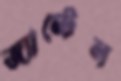
জ্যান্টেল